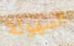
السهولة